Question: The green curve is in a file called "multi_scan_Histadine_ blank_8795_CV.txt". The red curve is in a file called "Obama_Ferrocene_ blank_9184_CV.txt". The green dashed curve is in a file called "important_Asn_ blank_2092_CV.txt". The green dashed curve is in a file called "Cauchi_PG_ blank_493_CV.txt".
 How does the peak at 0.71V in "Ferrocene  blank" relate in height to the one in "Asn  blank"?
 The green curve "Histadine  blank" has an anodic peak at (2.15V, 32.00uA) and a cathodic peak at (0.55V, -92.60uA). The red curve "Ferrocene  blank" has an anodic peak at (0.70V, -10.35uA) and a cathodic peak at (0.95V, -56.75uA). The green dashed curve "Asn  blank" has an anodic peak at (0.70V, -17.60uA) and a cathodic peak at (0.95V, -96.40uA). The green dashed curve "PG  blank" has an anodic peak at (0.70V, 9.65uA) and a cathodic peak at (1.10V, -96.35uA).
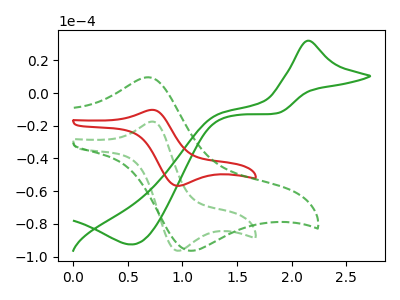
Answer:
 <answer>The peak at 0.71V is higher in "Ferrocene  blank" than in "Asn  blank".</answer>
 <eval>higher</eval>